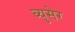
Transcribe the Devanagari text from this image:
ब्युसेर